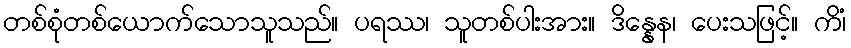
တစ်စုံတစ်ယောက်သောသူသည်။ ပရဿ၊ သူတစ်ပါးအား။ ဒိန္နေန၊ ပေးသဖြင့်။ ကိံ၊